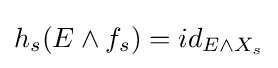
h_{s}(E\wedge f_{s})=id_{E\wedge X_{s}}